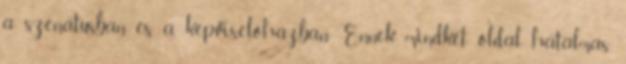
a szenátusban és a képviselőházban. Ennek mindkét oldal hatalmas,